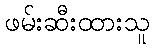
ဖမ်းဆီးထားသူ